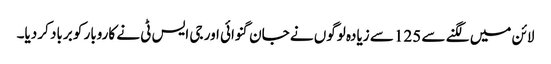
لائن میں لگنے سے 125 سے زیادہ لوگوں نے جان گنوائی اور جی ایس ٹی نے کاروبار کو برباد کر دیا۔